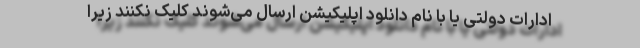
ادارات دولتی یا با نام دانلود اپلیکیشن ارسال می‌شوند کلیک نکنند زیرا